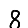
Digit: 8